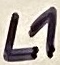
Text: L1